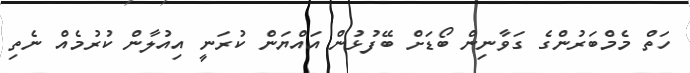
ހަތް މެމްބަރުންގެ ގަވާނިން ބޯޑަށް ބޭފުޅުން އައްޔަން ކުރަނީ އިއުލާން ކުރުމެއް ނެތި